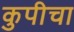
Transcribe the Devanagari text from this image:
कुपीचा